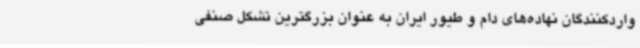
واردکنندگان نهاده‌های دام و طیور ایران به عنوان بزرگترین تشکل صنفی